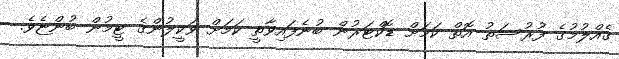
ގެއްލުމުގެ ފުރުސަތު އޮތް ކަމަށް ޑޮކްޓަރުން ބުނެފައިވާތީ ކަމަށް ވަކީލުންގެ ޓީމުން ބުންޏެވެ.